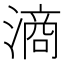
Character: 滳